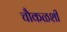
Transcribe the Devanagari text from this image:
चौकळशी